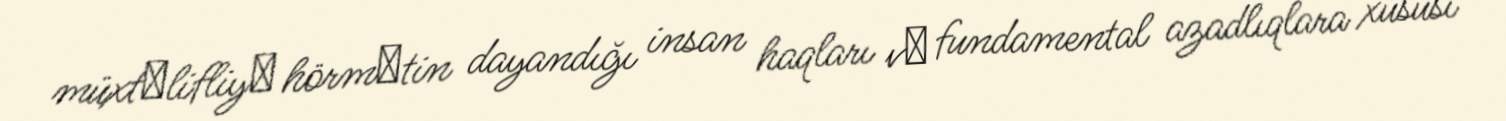
müxtәlifliyә hörmәtin dayandığı insan haqları vә fundamental azadlıqlara xüsusi